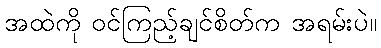
အထဲကို ဝင်ကြည့်ချင်စိတ်က အရမ်းပဲ။